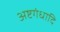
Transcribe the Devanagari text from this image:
अष्टगंधादि